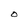
Character: O